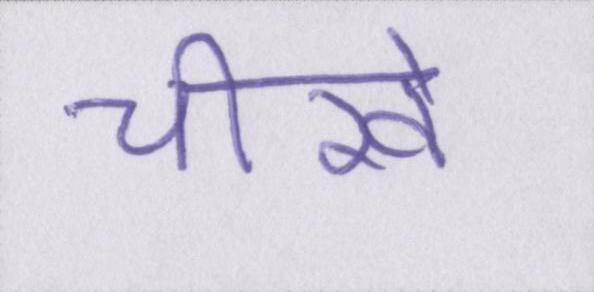
चीखें